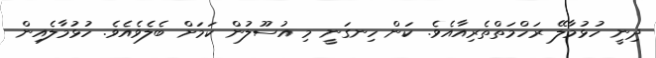
ދިނީ ހުޅުމާލޭ ރަހްމަތްތެރިއާއެވެ. ކަން ހިނގަނީ މި އުސޫލުން ކަމަށް ބެލެވެއެވެ. ހުޅުމާލެއިން